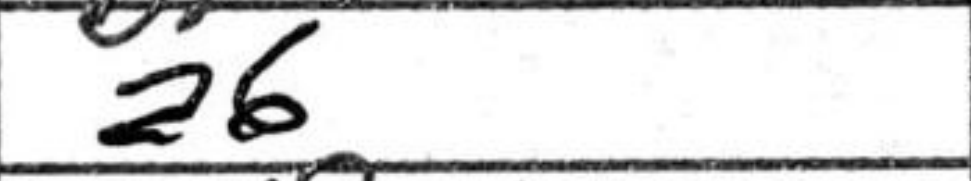
Transcription: a6